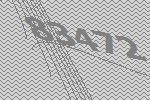
83472